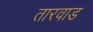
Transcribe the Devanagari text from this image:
तारवाड